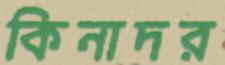
কিনাদর